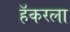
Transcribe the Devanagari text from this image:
हॅकरला